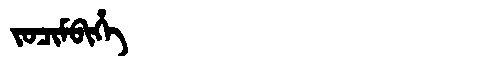
Manchu: ᠵᠣᠴᡳᠮᠪᡳᡥᡝ
Romanization: JOCIMBIHE